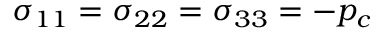
\sigma _ { 1 1 } = \sigma _ { 2 2 } = \sigma _ { 3 3 } = - p _ { c }